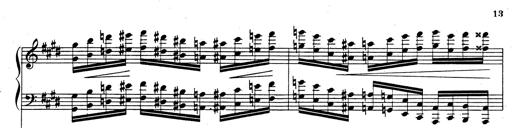
Title: Rhapsodie espagnole
Composer: Franz Liszt